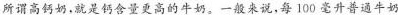
所谓高钙奶，就是钙含量更高的牛奶。一般来说，每100毫升普通牛奶